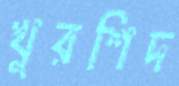
খুরশিদ